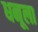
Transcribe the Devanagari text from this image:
धनूला